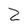
Character: Z